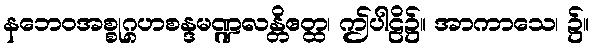
နဘေဝအစ္စုဂ္ဂဟစန္ဒမဏ္ဍလန္တိဧတ္ထ၊ ဤပါဠိ၌။ အာကာသေ၊ ၌။